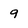
Character: 9